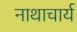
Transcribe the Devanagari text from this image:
नाथाचार्य